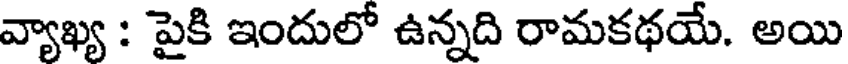
వ్యాఖ్య : పైకి ఇందులో ఉన్నది రామకథయే. అయి